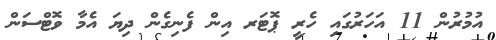
އުމުރުން 11 އަހަރުގައި ހެރީ ޕޮޓަރ އިން ފެނިގެން ދިޔަ އެމާ ވޮޓްސަން